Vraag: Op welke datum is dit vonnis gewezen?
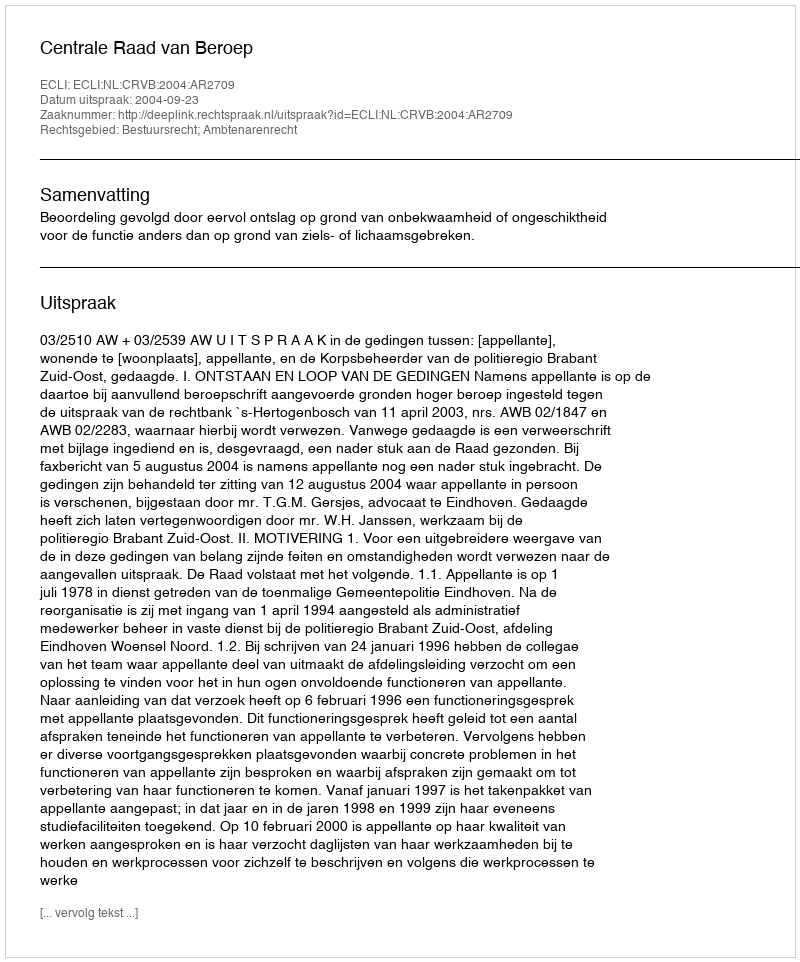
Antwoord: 2004-09-23